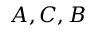
A , C , B